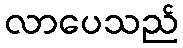
လာပေသည်